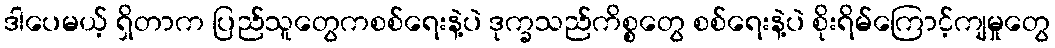
ဒါပေမယ့် ရှိတာက ပြည်သူတွေကစစ်ရေးနဲ့ပဲ ဒုက္ခသည်ကိစ္စတွေ စစ်ရေးနဲ့ပဲ စိုးရိမ်ကြောင့်ကျမှုတွေ